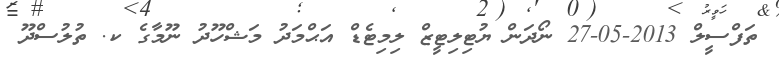
ތަފްސީލް 2013-05-27 ނޯދަން ޔުޓިލިޓީޒް ލިމިޓެޑް އަޙްމަދު މަޝްހޫދު ނޫމާގެ ކ. ތުލުސްދޫ